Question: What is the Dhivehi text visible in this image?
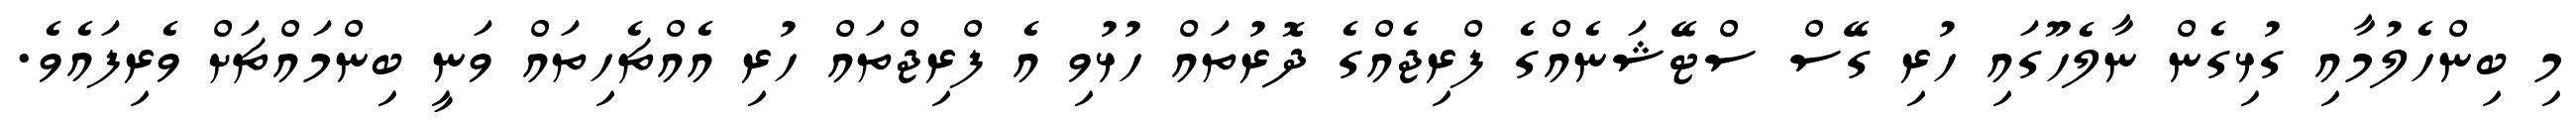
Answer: މި ބިންހެލުމާއި ގުޅިގެން ނާލެހޫގައި ހުރި ގޭސް ސްޓޭޝަނެއްގެ ފްރިޖެއްގެ ދޮރުތައް ހުޅުވި އެ ފްރިޖްތައް ހުރި އެއްޗެހިތައް ވަނީ ބިންމައްޗަށް ވެރިފައެވެ.